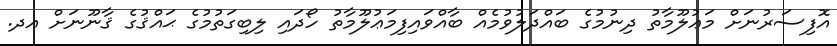
އޮފިސަރުނަށް މަޢުލޫމާތު ދިނުމުގެ ބައްދަލުވުމެއް ބާއްވައިފިމަޢުލޫމާތު ހޯދައި ލިބިގަތުމުގެ ޙައްޤުގެ ޤާނޫނަށް އދ.